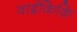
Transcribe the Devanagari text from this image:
वाईकिक़ि